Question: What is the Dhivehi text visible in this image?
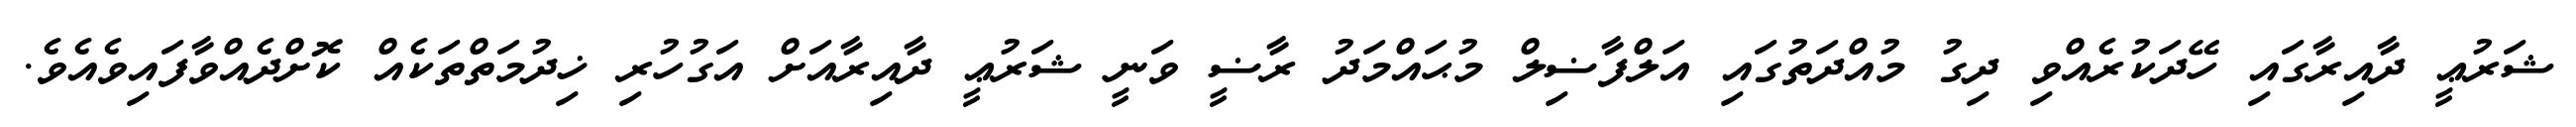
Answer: ޝަރުޢީ ދާއިރާގައި ހޭދަކުރެއްވި ދިގު މުއްދަތުގައި އަލްފާޟިލް މުޙައްމަދު ރާޟީ ވަނީ ޝަރުޢީ ދާއިރާއަށް އަގުހުރި ޚިދުމަތްތަކެއް ކޮށްދެއްވާފައިވެއެވެ.